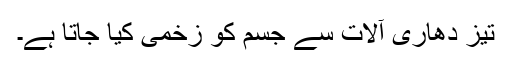
تیز دھاری آلات سے جسم کو زخمی کیا جاتا ہے۔